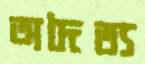
অদৈত্য